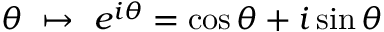
\theta \ \mapsto \ e ^ { i \theta } = \cos \theta + i \sin \theta